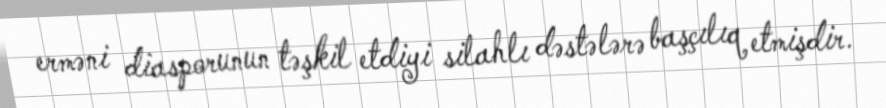
erməni diasporunun təşkil etdiyi silahlı dəstələrə başçılıq etmişdir.